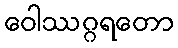
ဝေါဿဂ္ဂရတော